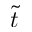
\tilde { t }